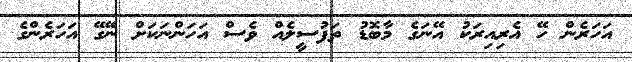
އަހަރެން ހޭ އެރިއިރަކު އޭނަގެ މާބޮޑު ތަފުސީލެއް ވެސް އަހަންނަކަށް ނޭގޭ އަހަރެންގެ